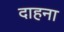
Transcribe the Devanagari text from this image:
दाहना